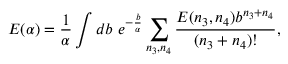
E ( \alpha ) = { \frac { 1 } { \alpha } } \int d b \ e ^ { - { \frac { b } { \alpha } } } \sum _ { n _ { 3 } , n _ { 4 } } { \frac { E ( n _ { 3 } , n _ { 4 } ) b ^ { n _ { 3 } + n _ { 4 } } } { ( n _ { 3 } + n _ { 4 } ) ! } } ,